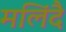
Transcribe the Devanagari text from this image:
मलिंदै